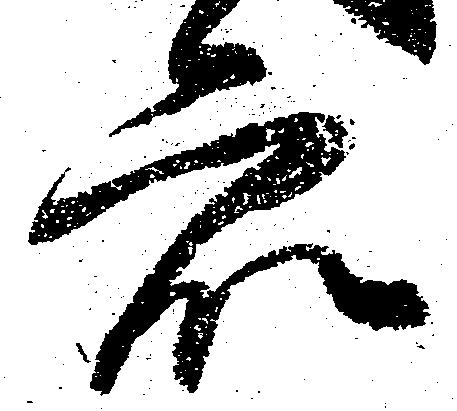
衆